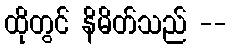
ထိုတွင် နိမိတ်သည် --